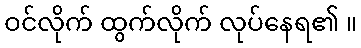
ဝင်လိုက် ထွက်လိုက် လုပ်နေရ၏ ။